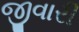
જીવારી